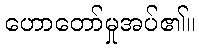
ဟောတော်မှုအပ်၏။